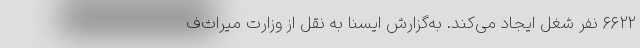
۶۶۲۲ نفر شغل ایجاد می‌کند. به‌گزارش ایسنا به نقل از وزارت میراث‌ف